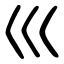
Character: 巛